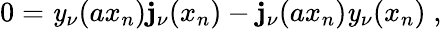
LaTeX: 0=\mathit{y}_{\nu}(ax_{n})\mathbf{j}_{\nu}(x_{n})-\mathbf{j}_{\nu}(ax_{n})\mathit{y}_{\nu}(x_{n})\; ,